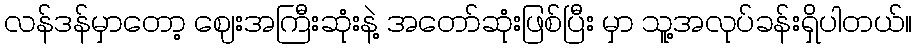
လန်ဒန်မှာတော့ ဈေးအကြီးဆုံးနဲ့ အတော်ဆုံးဖြစ်ပြီး မှာ သူ့အလုပ်ခန်းရှိပါတယ်။